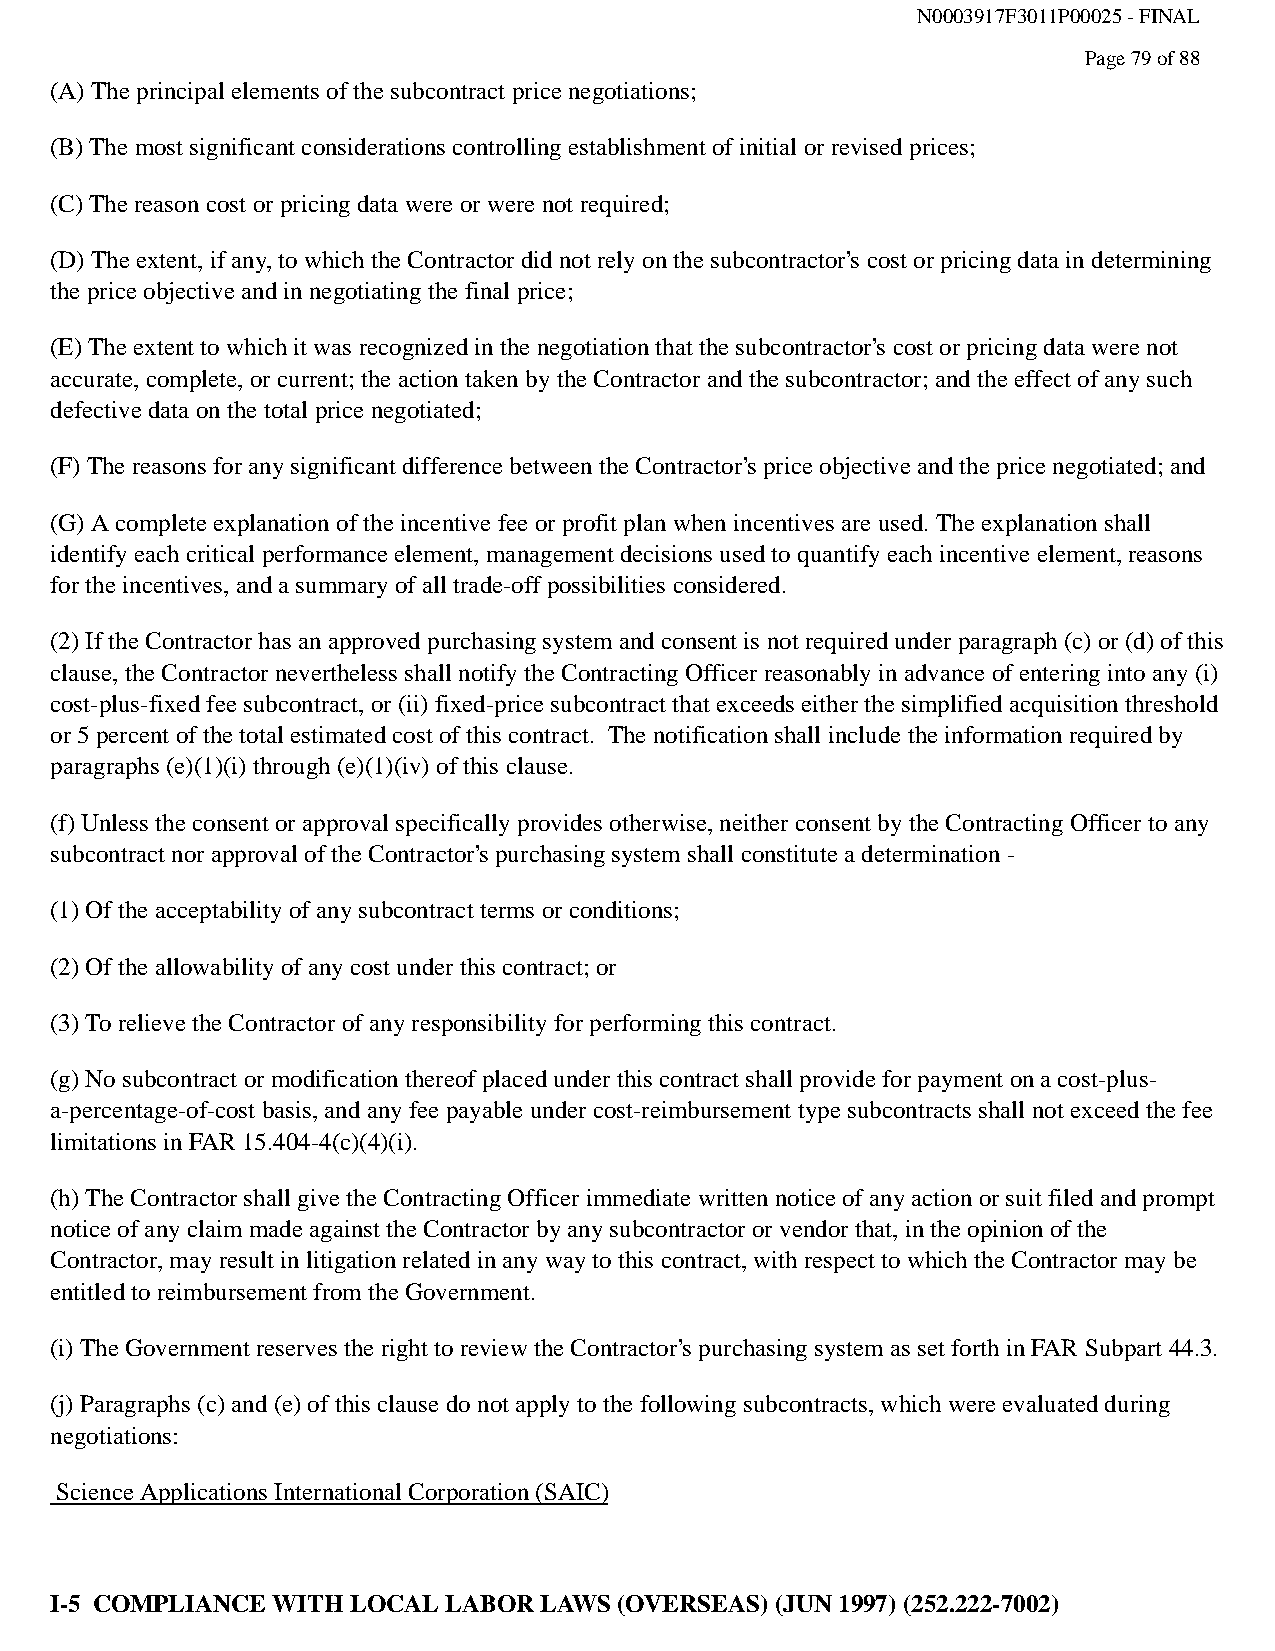
N0003917F3011P00025 - FINAL
 Page 79 of 88
 (A) The principal elements of the subcontract price negotiations;
 (B) The most significant considerations controlling establishment of initial or revised prices;
 (C) The reason cost or pricing data were or were not required;
 (D) The extent, if any, to which the Contractor did not rely on the subcontractor’s cost or pricing data in determining
 the price objective and in negotiating the final price;
 (E) The extent to which it was recognized in the negotiation that the subcontractor’s cost or pricing data were not
 accurate, complete, or current; the action taken by the Contractor and the subcontractor; and the effect of any such
 defective data on the total price negotiated;
 (F) The reasons for any significant difference between the Contractor’s price objective and the price negotiated; and
 (G) A complete explanation of the incentive fee or profit plan when incentives are used. The explanation shall
 identify each critical performance element, management decisions used to quantify each incentive element, reasons
 for the incentives, and a summary of all trade-off possibilities considered.
 (2) If the Contractor has an approved purchasing system and consent is not required under paragraph (c) or (d) of this
 clause, the Contractor nevertheless shall notify the Contracting Officer reasonably in advance of entering into any (i)
 cost-plus-fixed fee subcontract, or (ii) fixed-price subcontract that exceeds either the simplified acquisition threshold
 or 5 percent of the total estimated cost of this contract. The notification shall include the information required by
 paragraphs (e)(1)(i) through (e)(1)(iv) of this clause.
 (f) Unless the consent or approval specifically provides otherwise, neither consent by the Contracting Officer to any
 subcontract nor approval of the Contractor’s purchasing system shall constitute a determination -
 (1) Of the acceptability of any subcontract terms or conditions;
 (2) Of the allowability of any cost under this contract; or
 (3) To relieve the Contractor of any responsibility for performing this contract.
 (g) No subcontract or modification thereof placed under this contract shall provide for payment on a cost-plus-
 a-percentage-of-cost basis, and any fee payable under cost-reimbursement type subcontracts shall not exceed the fee
 limitations in FAR 15.404-4(c)(4)(i).
 (h) The Contractor shall give the Contracting Officer immediate written notice of any action or suit filed and prompt
 notice of any claim made against the Contractor by any subcontractor or vendor that, in the opinion of the
 Contractor, may result in litigation related in any way to this contract, with respect to which the Contractor may be
 entitled to reimbursement from the Government.
 (i) The Government reserves the right to review the Contractor’s purchasing system as set forth in FAR Subpart 44.3.
 (j) Paragraphs (c) and (e) of this clause do not apply to the following subcontracts, which were evaluated during
 negotiations:
 Science Applications International Corporation (SAIC)
 I-5 COMPLIANCE WITH LOCAL LABOR  LAWS (OVERSEAS) (JUN 1997) (252.222-7002)